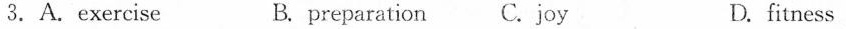
3.A.exercise B. preparation C.joy D. fitness